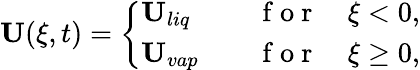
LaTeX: \mathbf{U}(\xi,t)=\left\{ \begin{array}{ll}{\mathbf{U}_{liq}\quad}&{\mathrm{~f~o~r~}\quad\xi<0,}\\ {\mathbf{U}_{vap}\quad}&{\mathrm{~f~o~r~}\quad\xi\ge 0,}\end{array}\right.